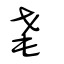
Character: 耄